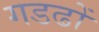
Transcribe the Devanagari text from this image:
गडढों